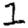
Digit: 1